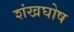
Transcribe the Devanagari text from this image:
शंखघोष